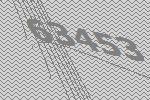
63453